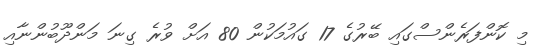
މި ކޮންފަރެންސްގައި ބޭރުގެ 17 ގައުމަކުން 80 އަށް ވުރެ ގިނަ މަންދޫބުންނާއި